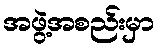
အဖွဲ့အစည်းမှာ